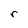
Character: r